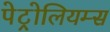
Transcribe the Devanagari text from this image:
पेट्रोलियम्स